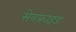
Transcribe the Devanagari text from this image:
सेयफ्राइड